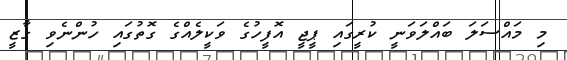
މި މައްސަލަ ބައްލަވަނީ ކުރީގައި ޕީޖީ އޮފީހުގެ ވަކީލެއްގެ ގޮތުގައި ހުންނެވި ގާޒީ